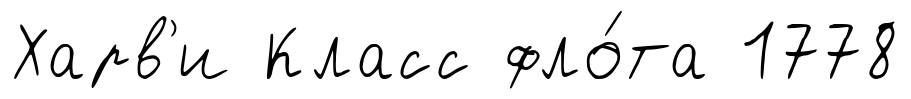
Харв'и Класс фло́та 1778